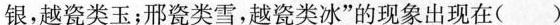
银，越瓷类玉；邢瓷类雪，越瓷类冰”的现象出现在( )